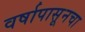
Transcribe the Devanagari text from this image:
वर्षापासूनचा